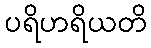
ပရိဟရိယတိ